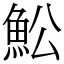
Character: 䰸